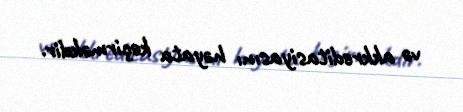
və akkreditasiyasını həyata keçirməkdir.